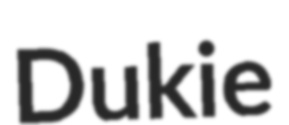
Dukie